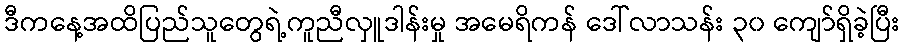
ဒီကနေ့အထိပြည်သူတွေရဲ့ကူညီလှူဒါန်းမှု အမေရိကန် ဒေါ်လာသန်း ၃၀ ကျော်ရှိခဲ့ပြီး